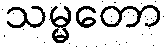
သမ္မတော